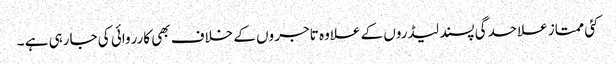
کئی ممتاز علاحدگی پسند لیڈروں کے علاوہ تاجر وں کے خلاف بھی کارروائی کی جارہی ہے ۔